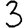
Digit: 3